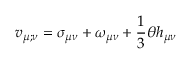
v _ { \mu ; \nu } = \sigma _ { \mu \nu } + \omega _ { \mu \nu } + \frac { 1 } { 3 } \theta h _ { \mu \nu }